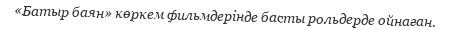
«Батыр баян» көркем фильмдерінде басты рольдерде ойнаған.